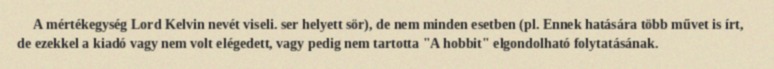
A mértékegység Lord Kelvin nevét viseli. ser helyett sör), de nem minden esetben (pl. Ennek hatására több művet is írt, de ezekkel a kiadó vagy nem volt elégedett, vagy pedig nem tartotta "A hobbit" elgondolható folytatásának.